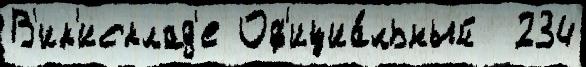
В'ик'исклад'е Оф'ициа́льный  234